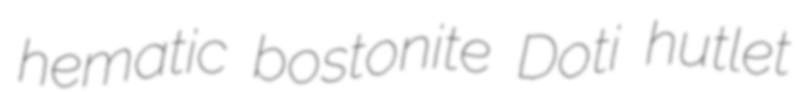
hematic bostonite Doti hutlet